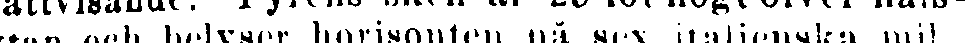
ytan och belyser horisonten på sex italienska mil.